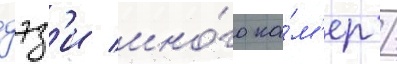
дэз'и мно́го ка́м'ер /